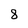
Character: 8